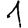
Digit: 1